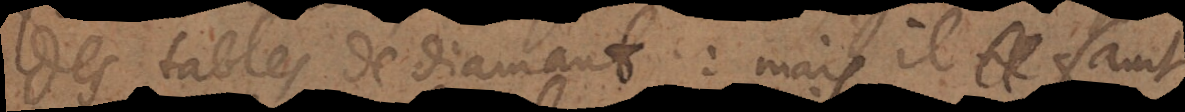
des tables de diamant: mais il faut